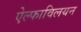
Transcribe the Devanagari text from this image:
ऐल्फाविलयन